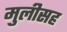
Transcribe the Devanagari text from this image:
मुलीसह